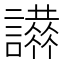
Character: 𧭪